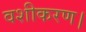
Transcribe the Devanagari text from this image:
वशीकरण।